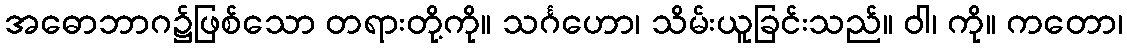
အဓောဘာဂ၌ဖြစ်သော တရားတို့ကို။ သင်္ဂဟော၊ သိမ်းယူခြင်းသည်။ ဝါ၊ ကို။ ကတော၊